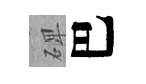
𥓓巴